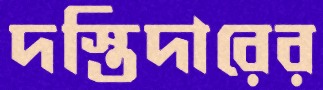
দস্তিদারের